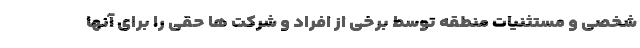
شخصی و مستثنیات منطقه توسط برخی از افراد و شرکت ها حقی را برای آنها